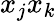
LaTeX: x_{j}x_{k}